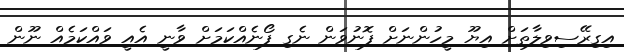
އިގިރޭސިވިލާތަށް އިޔޫ މީހުންނަށް ފޮނުވަން ނެގި ފޯނެއްކަމަށް ވާނީ އެއީ ވައްކަމެއް ނޫން